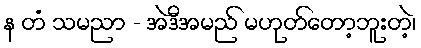
န တံ သမညာ - အဲဒီအမည် မဟုတ်တော့ဘူးတဲ့၊